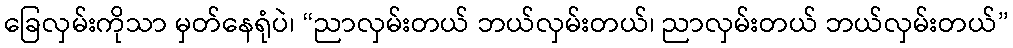
ခြေလှမ်းကိုသာ မှတ်နေရုံပဲ၊ “ညာလှမ်းတယ် ဘယ်လှမ်းတယ်၊ ညာလှမ်းတယ် ဘယ်လှမ်းတယ်”